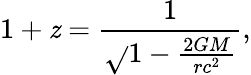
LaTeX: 1+\mathit{z}={\frac{{1}}{{\sqrt{}{{1-{\frac{{2GM}}{{rc^{2}}}}}}}}},